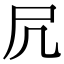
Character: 凥